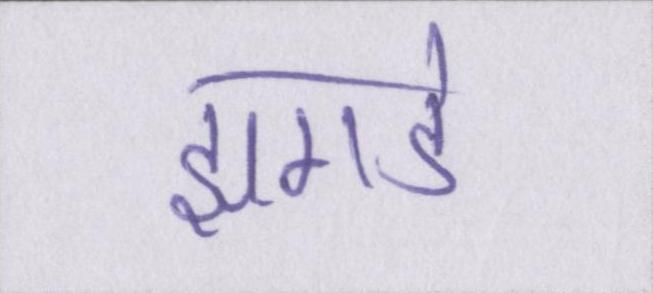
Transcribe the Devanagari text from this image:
झगडे